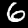
Label: 6